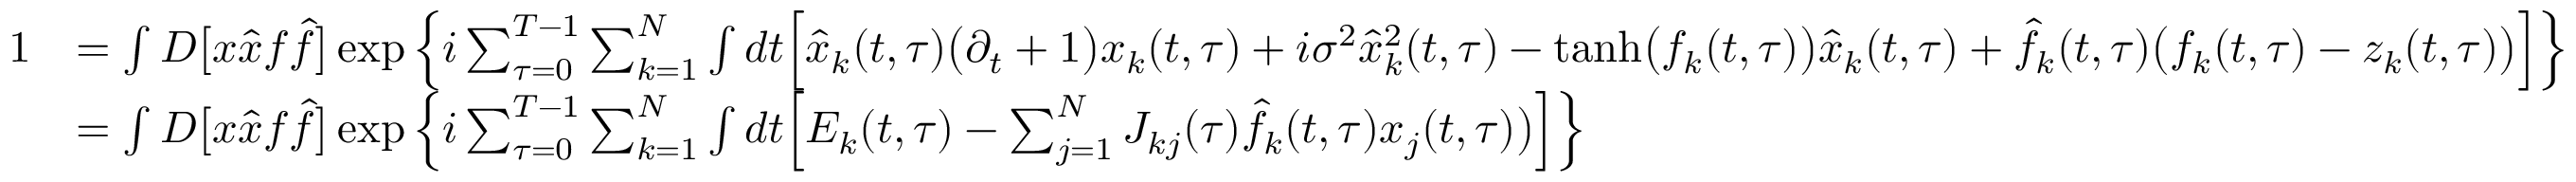
\begin{array} { r l } { 1 } & { = \int D \big [ x \hat { x } f \hat { f } \big ] \exp \left\{ i \sum _ { \tau = 0 } ^ { T - 1 } \sum _ { k = 1 } ^ { N } \int d t \Big [ \hat { x } _ { k } ( t , \tau ) \big ( \partial _ { t } + 1 \big ) x _ { k } ( t , \tau ) + i \sigma ^ { 2 } \hat { x } _ { k } ^ { 2 } ( t , \tau ) - \mathrm { t a n h } \big ( f _ { k } ( t , \tau ) \big ) \hat { x } _ { k } ( t , \tau ) + \hat { f } _ { k } ( t , \tau ) \big ( f _ { k } ( t , \tau ) - z _ { k } ( t , \tau ) \big ) \Big ] \right\} } \\ & { = \int D \big [ x \hat { x } f \hat { f } \big ] \exp \left\{ i \sum _ { \tau = 0 } ^ { T - 1 } \sum _ { k = 1 } ^ { N } \int d t \Big [ E _ { k } ( t , \tau ) - \sum _ { j = 1 } ^ { N } J _ { k j } ( \tau ) \hat { f } _ { k } ( t , \tau ) x _ { j } ( t , \tau ) \big ) \Big ] \right\} } \end{array}